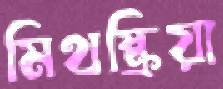
মিথষ্ক্রিয়া